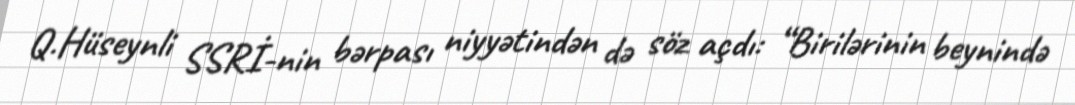
Q.Hüseynli SSRİ-nin bərpası niyyətindən də söz açdı: “Birilərinin beynində